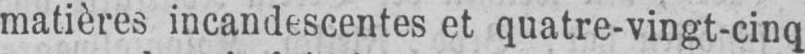
matières incandescentes et quatre-vingt-cinq